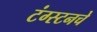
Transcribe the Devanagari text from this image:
टंग्स्टनचे